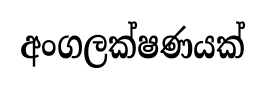
අංගලක්ෂණයක්